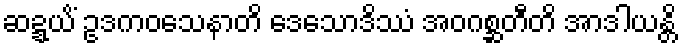
ဆဍ္ဍယိံ ဥဒကဝသေနာတိ ဒေသောဒိဿံ အဝဂစ္ဆတီတိ အာဒါယန္တိ